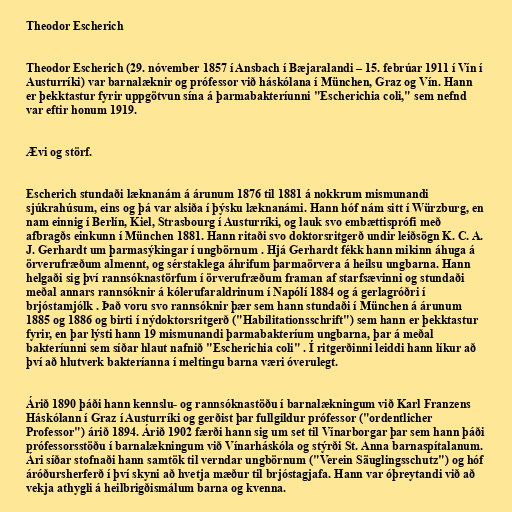
Theodor Escherich

Theodor Escherich (29. nóvember 1857 í Ansbach í Bæjaralandi – 15. febrúar 1911 í Vín í
Austurríki) var barnalæknir og prófessor við háskólana í München, Graz og Vín. Hann
er þekktastur fyrir uppgötvun sína á þarmabakteríunni "Escherichia coli," sem nefnd
var eftir honum 1919.

Ævi og störf.

Escherich stundaði læknanám á árunum 1876 til 1881 á nokkrum mismunandi
sjúkrahúsum, eins og þá var alsiða í þýsku læknanámi. Hann hóf nám sitt í Würzburg, en
nam einnig í Berlín, Kiel, Strasbourg í Austurríki, og lauk svo embættisprófi með
afbragðs einkunn í München 1881. Hann ritaði svo doktorsritgerð undir leiðsögn K. C. A.
J. Gerhardt um þarmasýkingar í ungbörnum . Hjá Gerhardt fékk hann mikinn áhuga á
örverufræðum almennt, og sérstaklega áhrifum þarmaörvera á heilsu ungbarna. Hann
helgaði sig því rannsóknastörfum í örverufræðum framan af starfsævinni og stundaði
meðal annars rannsóknir á kólerufaraldrinum í Napólí 1884 og á gerlagróðri í
brjóstamjólk . Það voru svo rannsóknir þær sem hann stundaði í München á árunum
1885 og 1886 og birti í nýdoktorsritgerð ("Habilitationsschrift") sem hann er þekktastur
fyrir, en þar lýsti hann 19 mismunandi þarmabakteríum ungbarna, þar á meðal
bakteríunni sem síðar hlaut nafnið "Escherichia coli" . Í ritgerðinni leiddi hann líkur að
því að hlutverk bakteríanna í meltingu barna væri óverulegt.

Árið 1890 þáði hann kennslu- og rannsóknastöðu í barnalækningum við Karl Franzens
Háskólann í Graz í Austurríki og gerðist þar fullgildur prófessor ("ordentlicher
Professor") árið 1894. Árið 1902 færði hann sig um set til Vínarborgar þar sem hann þáði
prófessorsstöðu í barnalækningum við Vínarháskóla og stýrði St. Anna barnaspítalanum.
Ári síðar stofnaði hann samtök til verndar ungbörnum ("Verein Säuglingsschutz") og hóf
áróðursherferð í því skyni að hvetja mæður til brjóstagjafa. Hann var óþreytandi við að
vekja athygli á heilbrigðismálum barna og kvenna.